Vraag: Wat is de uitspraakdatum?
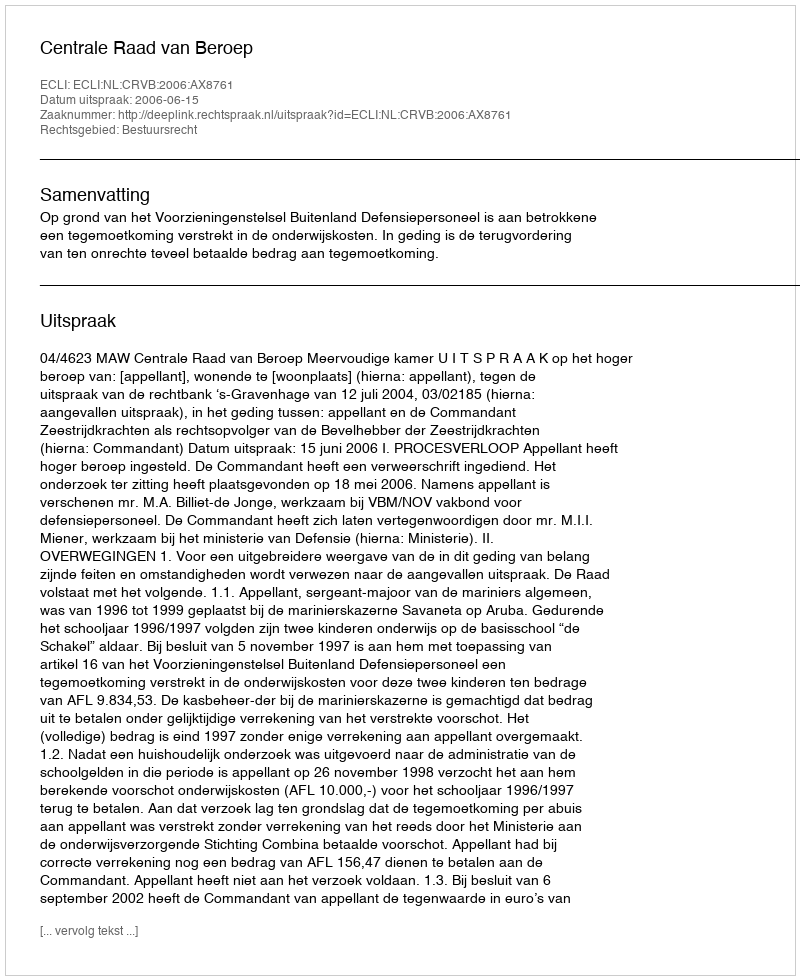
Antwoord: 2006-06-15